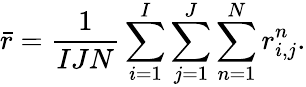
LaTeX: \bar{r}=\frac{1}{IJN}\sum_{i=1}^{I}\sum_{j=1}^{J}\sum_{n=1}^{N}r_{i,j}^{n}.